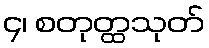
၄၊ စတုတ္ထသုတ်